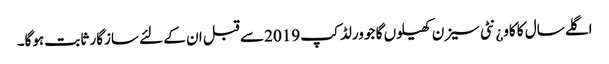
اگلے سال کا کاو¿نٹی سیزن کھیلوں گا جو ورلڈ کپ 2019 سے قبل ان کے لئے سازگار ثابت ہوگا۔